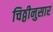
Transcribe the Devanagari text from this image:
चिठ्ठीनुसार